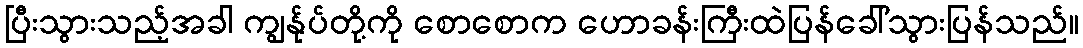
ပြီးသွားသည့်အခါ ကျွန်ုပ်တို့ကို စောစောက ဟောခန်းကြီးထဲပြန်ခေါ်သွားပြန်သည်။